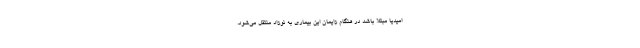
امیدیا مبتلا باشد در هنگام زایمان این بیماری به نوزاد منتقل می‌شود.